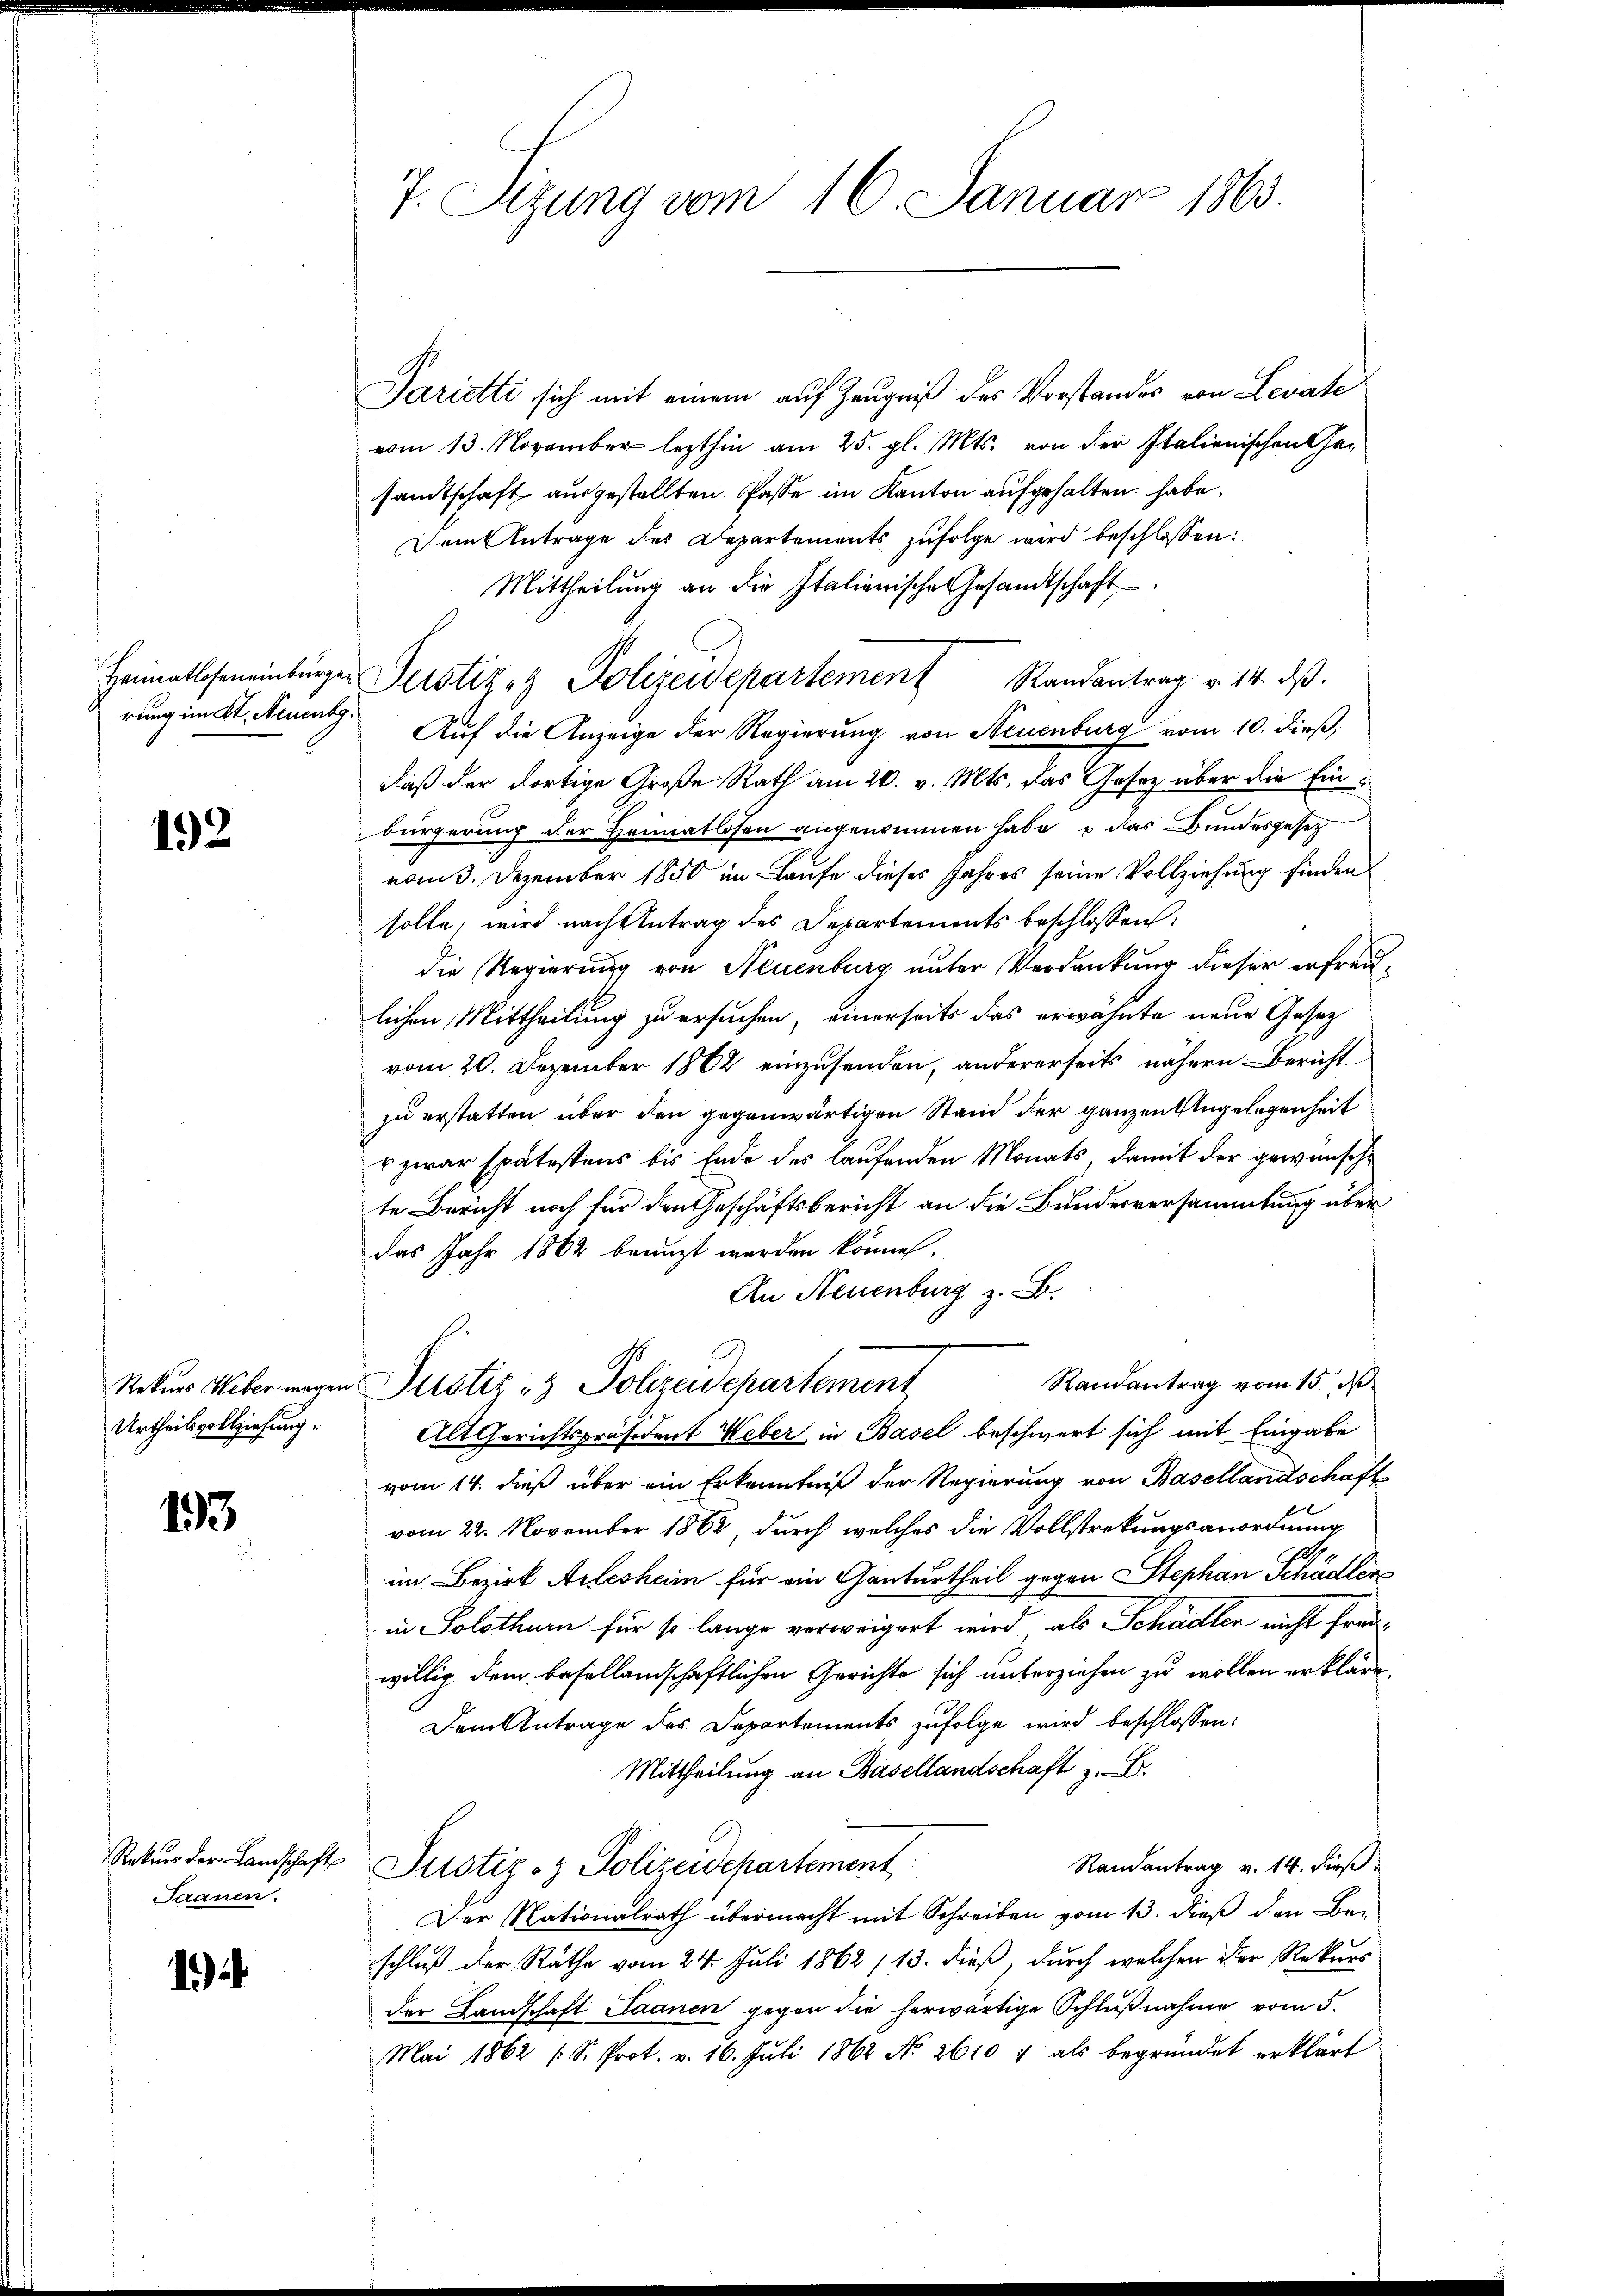
rung im Kt. Neuenbg.

192

Urtheilsvollziehung.

193.

Saanen.

1)

7. Sizung vom 16. Januar 1863.

Parietti sich mit einem auf Zeugniß des Vorstandes von Levate
vom 13. November lezthin am 25. gl. Mts. von der Italienischen Gesandtschaft ausgestellten Pässe im Kanton aufgehalten habe.
Dem Antrage des Departements zufolge wird beschlossen:
Mittheilung an die Italienische Gesandtschaft
Heimatscheneinburger Justizaz Polizeidepartement Randantrag v. 14. ds.
Auf die Anzeige der Regierung von Neuenburg vom 10. dieβ,
daß der dortige Große Rath am 20. v. Mts. das Gesez über die Einbürgerung der Heimatlosen angenommen habe, u das Bundesgesetz
rom. Dezember 1850 im Laufe dieses Jahres seine Vollziehung finden
solle, wird nach Antrag des Departements beschlossen:
die Regierung von Neuenburg unter Verdankung dieser erfreulichen Mittheilung zu ersuchen, einerseits das erwähnte neue Gesetz
vom 20. Dezember 1862 einzusenden, andererseits nähern Bericht
zu erstatten über den gegenwärtigen Stand der ganzen Angelegenheit
o zwar spätestens bis Ende des laufenden Monats, damit der gewünsche
te Bericht noch für den Geschäftsbericht an die Bundesversammlung über
das Jahr 1862 bringt werden könne.
An Neuenburg z. B.
Randantrag vom 15. ds.
Rekurs Ueber wegen Justiz - Polizeidepartement
Alt Gerichtspräsident Weber in Basel beschwert sich mit Eingabe
vom 14. dieß über ein Erkenntniß der Regierung von Basellandschaft
vom 22. November 1862, durch welches die Vollstrekungsanordnung
im Bezirk Arlesheim für ein Ganturtheil gegen Stephan Schädler
in Solothum für so lange verweigert wird, als Schädler nicht freiwillig dem besellandschaftlichen Gerichte sich unterziehen zu wollen erkläre.
Dem Antrage des Departements zufolge wird beschlossen:
Mittheilung an Basellandschaft z. B.
Rekŭrs der Landschaft Justiz- & Polizeidepartement
Randantrag v. 14. dieß
Der Nationalrath übermacht mit Schreiben vom 13. dieß den Be-
schluß der Rathe vom 24. Juli 1862 (13. dieß, durch welchen der Rekurs
der Landschaft Saanen gegen die herwärtige Schlŭβnahme vom 5.
Mai 1862 (S. Prot. v. 16. Juli 1862 No 2610 / als begründet erklärt